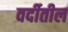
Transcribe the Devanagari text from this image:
वर्दीतील